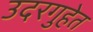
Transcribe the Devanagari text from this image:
उदरगुहेत